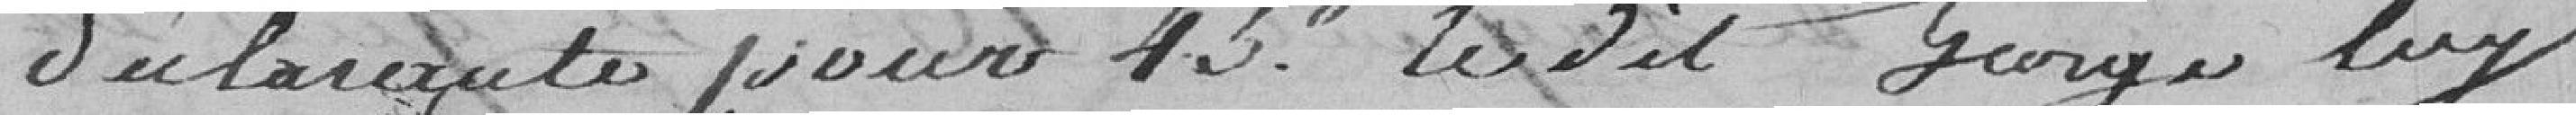
déclarante pour 45 francs le dit GORGE lui